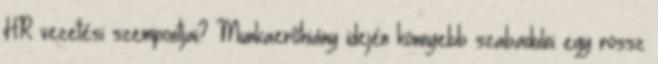
HR vezetési szempontjai? Munkaerőhiány idején könnyebb szabadulni egy rossz